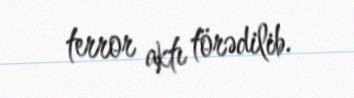
terror aktı törədilib.